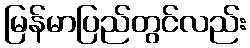
မြန်မာပြည်တွင်လည်း